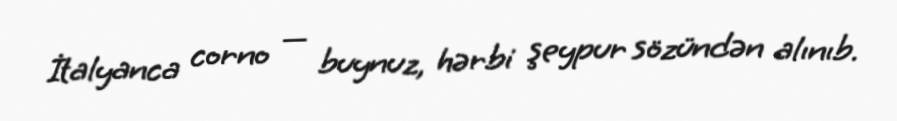
İtalyanca corno — buynuz, hərbi şeypur sözündən alınıb.